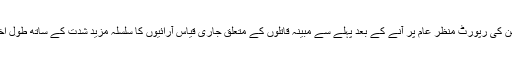
اقوام متحدہ کے کمیشن کی رپورٹ منظر عام پر آنے کے بعد پہلے سے مبینہ قاتلوں کے متعلق جاری قیاس آرائیوں کا سلسلہ مزید شدت کے ساتھ طول اختیار کرتا جارہا ہے۔